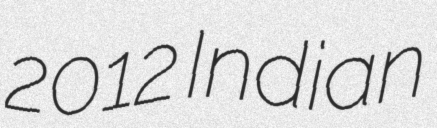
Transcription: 2012 Indian